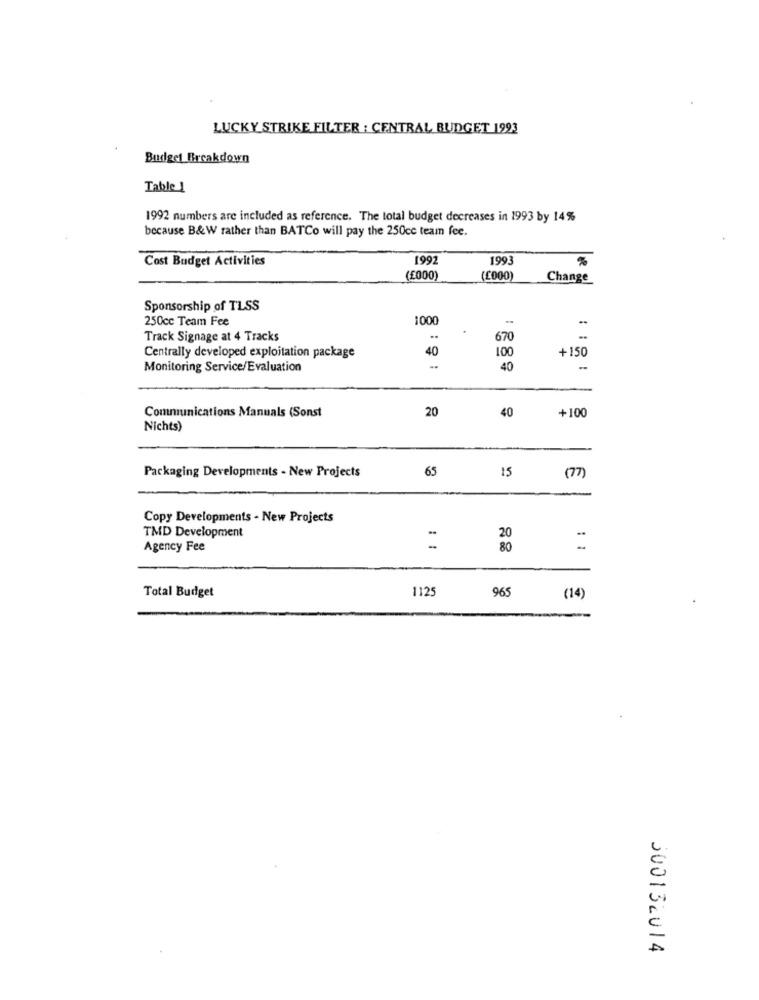
LUCKY STRIKE FILTER : CENTRAL BUDGET 1993
Budget Breakdown
Table
1992 numbers are included as reference. The total budget decreases in 1993 by 14%
because B&W rather than BATCo will pay the 250cc team fee.
Cost Budget Activities
1992
199
(£000)
(£000)
Change
Sponsorship of TLSS
250cc Team Fee
1000
.
Track Signage at 4 Tracks
670
: :
40
+150
Centrally developed exploitation package
100
Monitoring Service/Evaluation
40
-
20
40
Communications Manuals (Sonst
+100
Nichts)
Packaging Developments - New Projects
65
15
(77)
Copy Developments - New Projects
TMD Development
20
Agency Fee
80
:1
Total Budget
1125
965
(14)
500132014